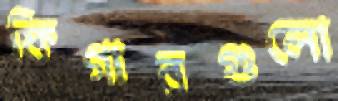
ফিগারগুলো